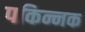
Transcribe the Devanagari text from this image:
पकिन्नक